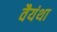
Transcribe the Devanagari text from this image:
वैयंथा